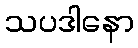
သပဒါနော